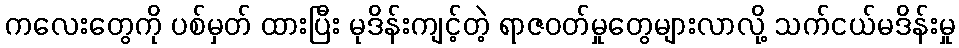
ကလေးတွေကို ပစ်မှတ် ထားပြီး မုဒိန်းကျင့်တဲ့ ရာဇဝတ်မှုတွေများလာလို့ သက်ငယ်မဒိန်းမှု